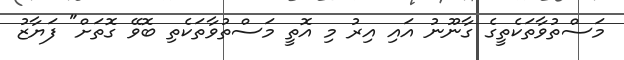
މަސްތުވާތަކެތީގެ ގާނޫނު އައި އިރު މި އޮތީ މަސްތުވާތަކެތި ބޮވޭ ގޮތަށް" ފަޔާޒު